Vaccination in the Punjab 1905-1918 - 1905-1918
Year: 1905
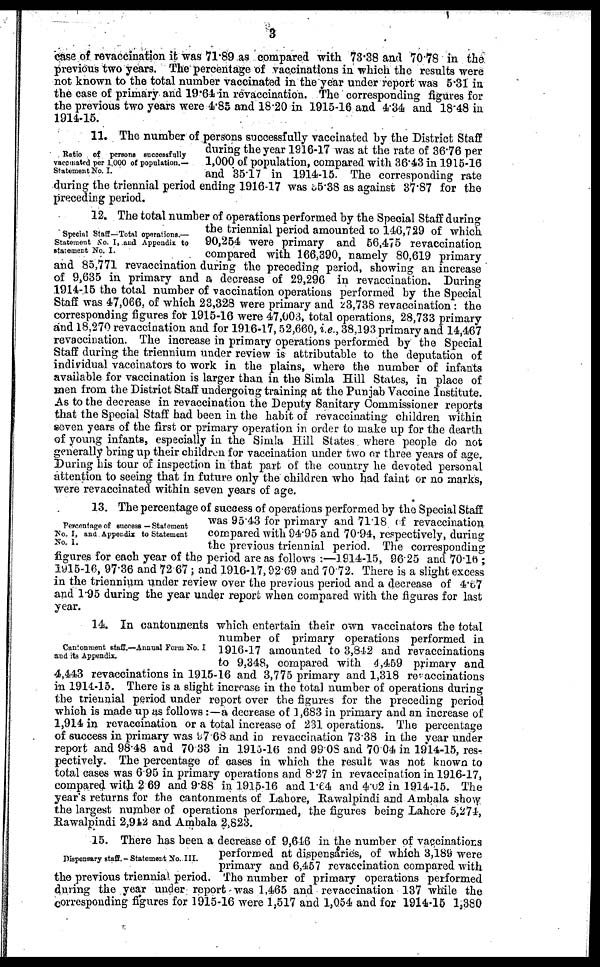
3
case of revaccination it was 71.89 as compared with 73.38 and 70.78 in the
previous two years. The percentage of vaccinations in which the results were
not known to the total number vaccinated in the year under report was 5.31 in
the case of primary and 19.64 in revaccination. The corresponding figures for
the previous two years were 4.85 and 18.20 in 1915-16 and 4.34 and 18.48 in
1914-15.
Ratio of persona successfully
vaccinated per 1,000 of population.—
Statement No. I.
11. The number of persons successfully vaccinated by the District Staff
during the year 1916-17 was at the rate of 36.76 per
1,000 of population, compared with 36.43 in 1915-16
and 35.17 in 1914-15. The corresponding rate
during the triennial period ending 1916-17 was 35.38 as against 37.87 for the
preceding period.
Special Staff—Total operations.—
Statement No. I, and Appendix to
statement No. I.
12. The total number of operations performed by the Special Staff during
the triennial period amounted to 146,729 of which
90,254 were primary and 56,475 revaccination
compared with 166,390, namely 80,619 primary
and 85,771 revaccination during the preceding period, showing an increase
of 9,635 in primary and a decrease of 29,296 in revaccination. During
1914-15 the total number of vaccination operations performed by the Special
Staff was 47,066, of which 23,328 were primary and 23,738 revaccination : the
corresponding figures for 1915-16 were 47,003, total operations, 28,733 primary
and 18,270 revaccination and for 1916-17, 52,660, i.e., 38,193 primary and 14,467
revaccination. The increase in primary operations performed by the Special
Staff during the triennium under review is attributable to the deputation of
individual vaccinators to work in the plains, where the number of infants
available for vaccination is larger than in the Simla Hill States, in place of
men from the District Staff undergoing training at the Punjab Vaccine Institute.
As to the decrease in revaccination the Deputy Sanitary Commissioner reports
that the Special Staff had been in the habit of revaccinating children within
seven years of the first or primary operation in order to make up for the dearth
of young infants, especially in the Simla Hill States where people do not
generally bring up their children for vaccination under two or three years of age.
During his tour of inspection in that part of the country he devoted personal
attention to seeing that in future only the children who had faint or no marks,
were revaccinated within seven years of age.
Percent age of success — Statement
No. I, and Appendix to Statement
No. 1.
13. The percentage of success of operations performed by the Special Staff
was 95.43 for primary and 71.18 of revaccination
compared with 94.95 and 70.94, respectively, during
the previous triennial period. The corresponding
figures for each year of the period are as follows :—1914-15, 96.25 and 70.16 ;
1915-16, 97.36 and 72.67 ; and 1916-17, 92.69 and 70.72. There is a slight excess
in the triennium under review over the previous period and a decrease of 4.87
and 1.95 during the year under report when compared with the figures for last
year.
Cantonment staff.—Annual Form No. I
and its Appendix.
14. In cantonments which entertain their own vaccinators the total
number of primary operations performed in
1916-17 amounted to 3,842 and revaccinations
to 9,348, compared with 4,469 primary and
4,443 revaccinations in 1915-16 and 3,775 primary and 1,318 revaccinations
in 1914-15. There is a slight increase in the total number of operations during
the triennial period under report over the figures for the preceding period
which is made up as follows :—a decrease of 1,683 in primary and an increase of
1,914 in revaccination or a total increase of 231 operations. The percentage
of success in primary was 97.68 and in revaccination 73.38 in the year under
report and 98.48 and 70.33 in 1915-16 and 99.08 and 70.04 in 1914-15, res-
pectively. The percentage of cases in which the result was not known to
total cases was 6.95 in primary operations and 8.27 in revaccination in 1916-17,
compared with 2.69 and 9.88 in 1915-16 and 1.64 and 4.02 in 1914-15. The
year's returns for the cantonments of Lahore, Rawalpindi and Ambala sho y
the largest number of operations performed, the figures being Lahore 5,274,
Rawalpindi 2,912 and Ambala 2,823.
Dispensary staff.- Statement No. III.
15. There has been a decrease of 9,646 in the number of vaccinations
performed at dispensaries, of which 3,189 were
primary and 6,457 revaccination compared with
the previous triennial period. The number of primary operations performed
during the year under report was 1,465 and revaccination 137 while the
corresponding figures for 1915-16 were 1,517 and 1,054 and for 1914-15 1,380